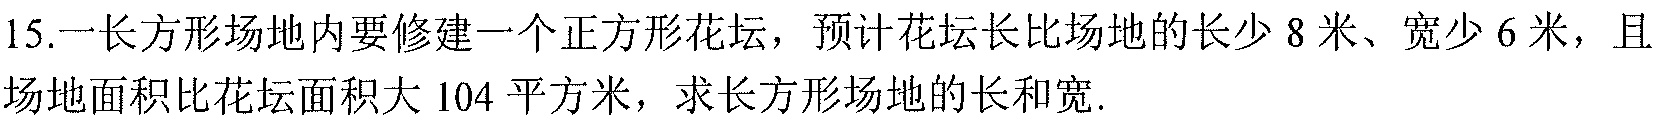
15.一长方形场地内要修建一个正方形花坛，预计花坛长比场地的长少8米、宽少6米，且场地面积比花坛面积大104平方米，求长方形场地的长和宽.